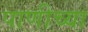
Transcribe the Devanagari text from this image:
पाणीच्या